Vaccination in Bombay 1869-1873 - 1869-1873
Year: 1869
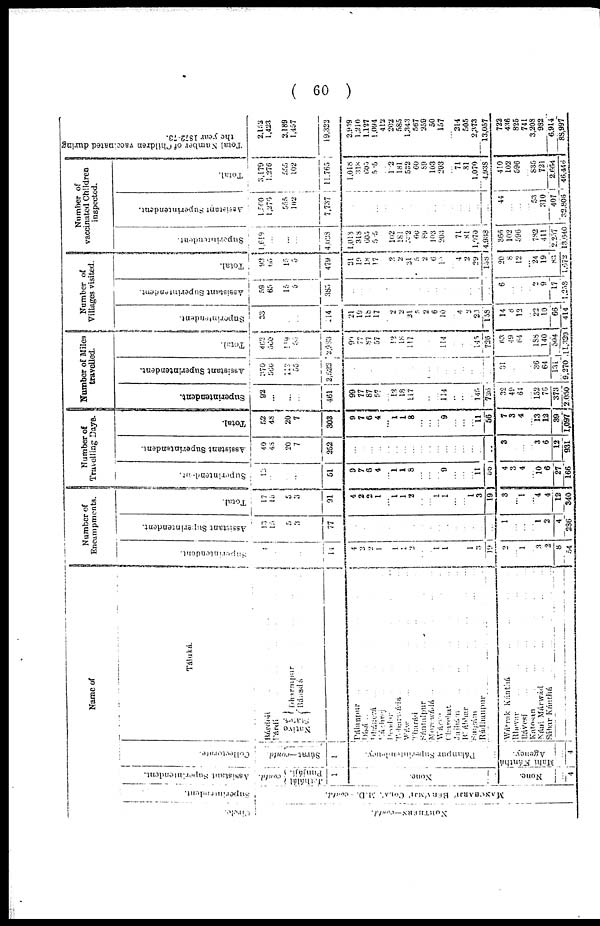
( 60 )
Name of
Circle.
NORTHERN— contd.
Superintendent.
MANCHARAJÍ BERÁMJÍ COLÁ, M.D. -contd.
As s i
s t
ant Superintendent.
contd.
Jethálál Punjájí
1
None.
None.
4
Collectorate.
Súrat—contd.
1
Pálunpur
Superintendent.
Agency.
4
Táluká.
Bárdoli ... ... ... ...
Párdí ... ... ... ... ... ...
Native
States.
Dharmpur ... ... ... ...
Bánsdá ... ... ... ...
Pálanpur ... ... ... ... ...
Dísá ... ... ... ... ...
Dhánorá ... ... ... ...
Káchraj ... ... ...
Deodar ... ... ... ...
Teharwádá ... ... ...
Wáw ... ... ... ...
Tharád ... ... ... ...
Sántalpur ... ... ...
Morawádá ... ... ... ...
Wárva ... ... ... ... ...
Charchat ... ... ... ...
Jajhám ... ... ... ...
Bhábhar
...
...
...
...
Surgám ... ... ... ...
Rádhanpur ... ... ... ...
Wátrak Kánthá ... ... ... ... ...
Rhevar ... ... ... ...
Bávesí ... ... ... ...
Katosan ... ... ... ...
Nání Márwád ... ... ... ... ...
Sáhar Kánthá
...
...
...
...
Number of
Encampments.
Superintendent.
1
...
...
...
14
4
2
2
1
...
1
1
2
...
...
1
1
...
...
1
3
19
2
...
1
...
3
2
8
54
Assistant Superintendent.
13
15
5
3
77
...
...
... ...
...
...
...
...
...
...
...
...
...
...
...
...
...
1
...
...
...
1
2
4
286
Total.
17
15
5
3
91
4
2
2
1
...
1
1
2
...
...
1
1
...
...
1
3
19
3
...
1
...
4
4
12
340
Number of
Travelling Days.
Superintendent.
12
...
...
...
51
9
7
6
4
...
1
1
8
...
...
...
9
...
...
...
11
56
4
3
4
...
10
6
27
166
Assistant Superintendent.
40
48
20
7
252
...
...
...
...
...
...
...
...
...
...
...
...
...
...
...
...
...
3
...
...
...
3
6
12
931
Total.
52
48
20
7
303
9
7
6
4
...
1
1
8
...
...
...
9
...
...
...
11
56
7
3
4
...
13
12
39
1,097
Number of Miles
travelled.
Superintendent.
92
...
...
...
461
99
77
87
57
...
12
18
117
...
...
...
114
...
...
...
145
726
32
49
64
...
152
76
373
2,050
Assistant Superintendent.
370
560
118
55
2,522
...
...
...
...
...
...
...
...
...
...
...
...
...
...
...
...
...
31
...
...
...
36
64
131
9,270
Total.
463
560
118
55
2,983
99
77
87
57
...
12
18
117
...
...
...
114
...
...
...
145
729
63
49
64
...
188
140
504
11,330
Number of
Villages visited.
Superintendent.
33
...
...
...
114
21
19
18
17
...
2
2
21
5
2
6
10
...
4
2
29
158
14
8
12
...
22
10
66
414
Assistant
Superintendent.
59
65
15
5
383
...
...
...
...
...
...
...
...
...
...
...
...
...
...
...
...
...
6
...
...
...
2
9
17
1,258
Total.
92
65
15
5
479
21
19
18
17
...
2
2
21
5
2
6
10
...
4
2
29
158
20
8
12
...
24
19
83
1,672
Number of
vaccinated Children
inspected.
Superintendent.
1,619
...
...
...
4,028
1,018
318
605
535
...
102
181
532
60
89
103
203 ...
71
81
1,070
4,938
366
102
596
...
782
411
2,257
13,640
Assitant
Superintendent.
1,560
1,276
555
102
7,737
...
...
...
...
...
...
...
...
...
...
...
...
...
...
...
...
...
41
...
...
...
53
310
407
32,806
Total.
3,179
1,276
555
102
11,765
1,018
318
605
535
...
102
181
532
60
89
103
203
...
71
81
1,070
4,938
410
102
596
...
835
721
2,664
46,446
Total Number of Children vaccinated during
the year 1872-73.
2,152
1,423
2,189
1,457
19,322
2,959
1,210
1,127
1,094
412
202
585
1,343
567
259
50
157
...
214
505
2,373
13,057
722
436
825
741
3,203
982
6,914
88,997